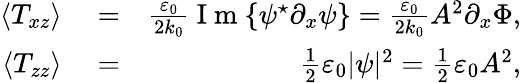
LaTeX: \begin{array}{rlr}{\langle T_{xz}\rangle}&{{}=}&{\frac{\varepsilon_{0}}{2k_{0}}\mathrm{~I~m~}\{ \psi^{\star}\partial_{x}\psi\} =\frac{\varepsilon_{0}}{2k_{0}}A^{2}\partial_{x}\Phi,}\\ {\langle T_{zz}\rangle}&{{}=}&{\frac{1}{2}\varepsilon_{0}|\psi|^{2}=\frac{1}{2}\varepsilon_{0}A^{2},}\end{array}